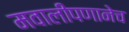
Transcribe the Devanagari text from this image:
मवालीपणानेच